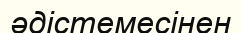
әдістемесінен